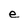
Character: e